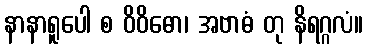
နာနာရူပေါ စ ဝိဝိဓော၊ အဗာဓံ တု နိရဂ္ဂလံ။